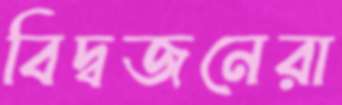
বিদ্বজনেরা